system: You are a helpful assistant.
user:
Analyze the provided spectrum to determine if it is a **White Dwarf (WD)**.

A White Dwarf spectrum is defined by its **extreme purity** (due to gravitational settling) and/or **extreme pressure broadening** (due to high surface gravity). You must check for one of the following mutually exclusive signatures:

- **Key Visual Indicators (Check for ONE of these types):**

    - **1. DA-Type Signature (Most Common):**
        - **(Primary Feature):** Extreme pressure broadening (Stark broadening) of the **Hydrogen (H) Balmer lines**.
        - **(Key Lines):** $H\beta$ (approx. $4861$ Å) and $H\gamma$ (approx. $4340$ Å). $H\alpha$ (approx. $6563$ Å) will also be present if the wavelength range covers it.
        - **(Line Profile):** This is the **defining feature**. The lines are **NOT** sharp. They appear as massive, **extremely broad and deep "troughs" or "dips"** in the spectrum, often hundreds of Ångströms wide. The continuum will appear to "scoop" down at these wavelengths.
        - **(Distinction):** Normal A-type or B-type stars have *narrow* and *sharp* Hydrogen lines. A DA White Dwarf's lines are unmistakably "smeared" or "blurry" from pressure.

    - **2. DB-Type Signature:**
        - **(Primary Feature):** Broad absorption lines from **Neutral Helium (He I)**. The spectrum must lack any visible Hydrogen lines.
        - **(Key Lines):** Look for broad absorption near $4471$ Å, $4921$ Å, and $5876$ Å.
        - **(Line Profile):** These lines are also significantly pressure-broadened, appearing much wider than they would in a normal B-type main-sequence star.

    - **3. DC-Type Signature:**
        - **(Primary Feature):** A **featureless continuous spectrum**.
        - **(Line Profile):** The spectrum is a smooth curve with **no significant absorption or emission lines**.
        - **(Key Confirmation):** The continuum is almost always **blue or white**, indicating a hot object. This signature implies the atmosphere is so pure (or so cool) that no spectral lines are visible in the optical range. Its WD identity is confirmed by its extremely low intrinsic brightness (high absolute magnitude).

    - **4. DZ-Type Signature (Metal-Polluted):**
        - **(Primary Feature):** **Isolated, narrow metal absorption lines** on an otherwise featureless (DC-like) continuum.
        - **(Key Lines):** The **Calcium (Ca II) H & K doublet** (approx. **$3934$ Å** and **$3968$ Å**) is the most common and defining feature.
        - **(Line Profile):** These lines are "out of place." They are *not* part of a "forest" of thousands of lines. This signature is evidence of recent *accretion* (pollution) from rocky debris.
        - **(Distinction):** Normal G/K/M stars have a *dense forest* of thousands of metal lines. A DZ has a *clean* continuum with *only a few* strong metal lines.

    - **5. DQ-Type Signature (Carbon-Polluted):**
        - **(Primary Feature):** Absorption bands from **Carbon (C₂ "Swan Bands" or atomic C I)**.
        - **(Key Lines - C₂):** Look for bandheads with a "saw-tooth" shape near $5635$ Å, **$5165$ Å** (strongest), and $4737$ Å.
        - **(Key Confirmation):** The underlying **continuum must be blue or white** (hot).
        - **(Distinction):** This is the critical difference from a **Carbon Star**, which has the *exact same* C₂ bands but on an extremely **red, cool** continuum.

- **(Overall Spectrum):**
    - The continuum (overall shape) is typically **blue-sloping** (brighter in the blue than the red), as most white dwarfs are very hot.
    - The spectrum will look "pure" or "simple," dominated by only *one* of the five signatures listed above.

Think first, call **spectral_visualization_tool** if needed to examine features in detail, then provide your final answer. Your response must adhere to the following strict rules:
1.  **Overall Structure:** Your response must follow the format `<think>...</think> <tool_call>...</tool_call> (if a tool is used) <answer>...</answer>`.
2.  **Tool Usage Constraint:** You may only make **one** tool call per turn.
3.  **Final Answer Format:** In the `<answer>` tag, your conclusion must be inside a `\boxed{}` command (e.g., `\boxed{YES}` or `\boxed{NO}`), followed by your justification.

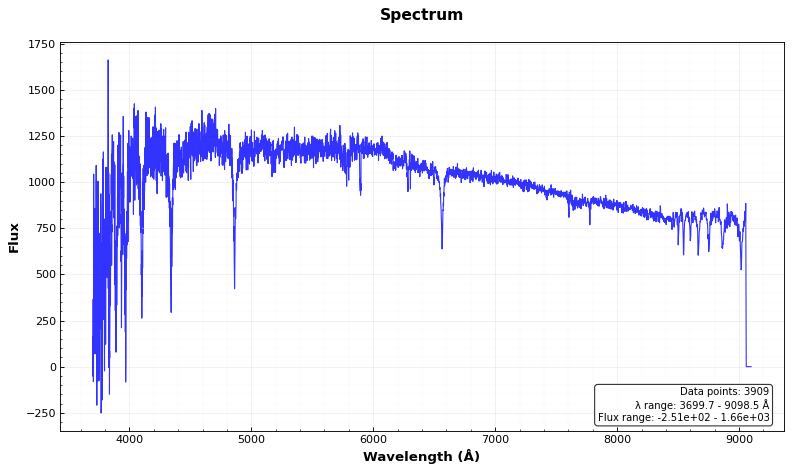
Answer: NO